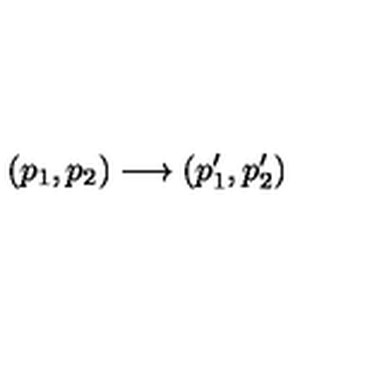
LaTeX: ( p _ { 1 } , p _ { 2 } ) \longrightarrow ( p _ { 1 } ^ { \prime } , p _ { 2 } ^ { \prime } )